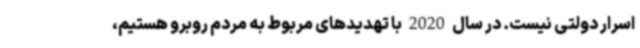
اسرار دولتی نیست. در سال 2020 با تهدیدهای مربوط به مردم روبرو هستیم،